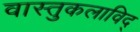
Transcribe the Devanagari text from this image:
वास्तुकलाविद्